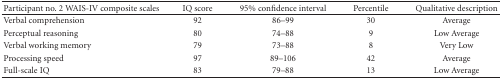
<table><thead><tr><td><b>Participant no. 2 WAIS-IV composite scales</b></td><td><b>IQ score</b></td><td><b>95% confidence interval</b></td><td><b>Percentile</b></td><td><b>Qualitative description</b></td></tr></thead><tbody><tr><td>Verbal comprehension</td><td>92</td><td>86–99</td><td>30</td><td>Average</td></tr><tr><td>Perceptual reasoning</td><td>80</td><td>74–88</td><td>9</td><td>Low Average</td></tr><tr><td>Verbal working memory</td><td>79</td><td>73–88</td><td>8</td><td>Very Low</td></tr><tr><td>Processing speed</td><td>97</td><td>89–106</td><td>42</td><td>Average</td></tr><tr><td>Full-scale IQ</td><td>83</td><td>79–88</td><td>13</td><td>Low Average</td></tr></tbody></table>